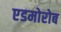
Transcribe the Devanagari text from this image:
एडमोरोब